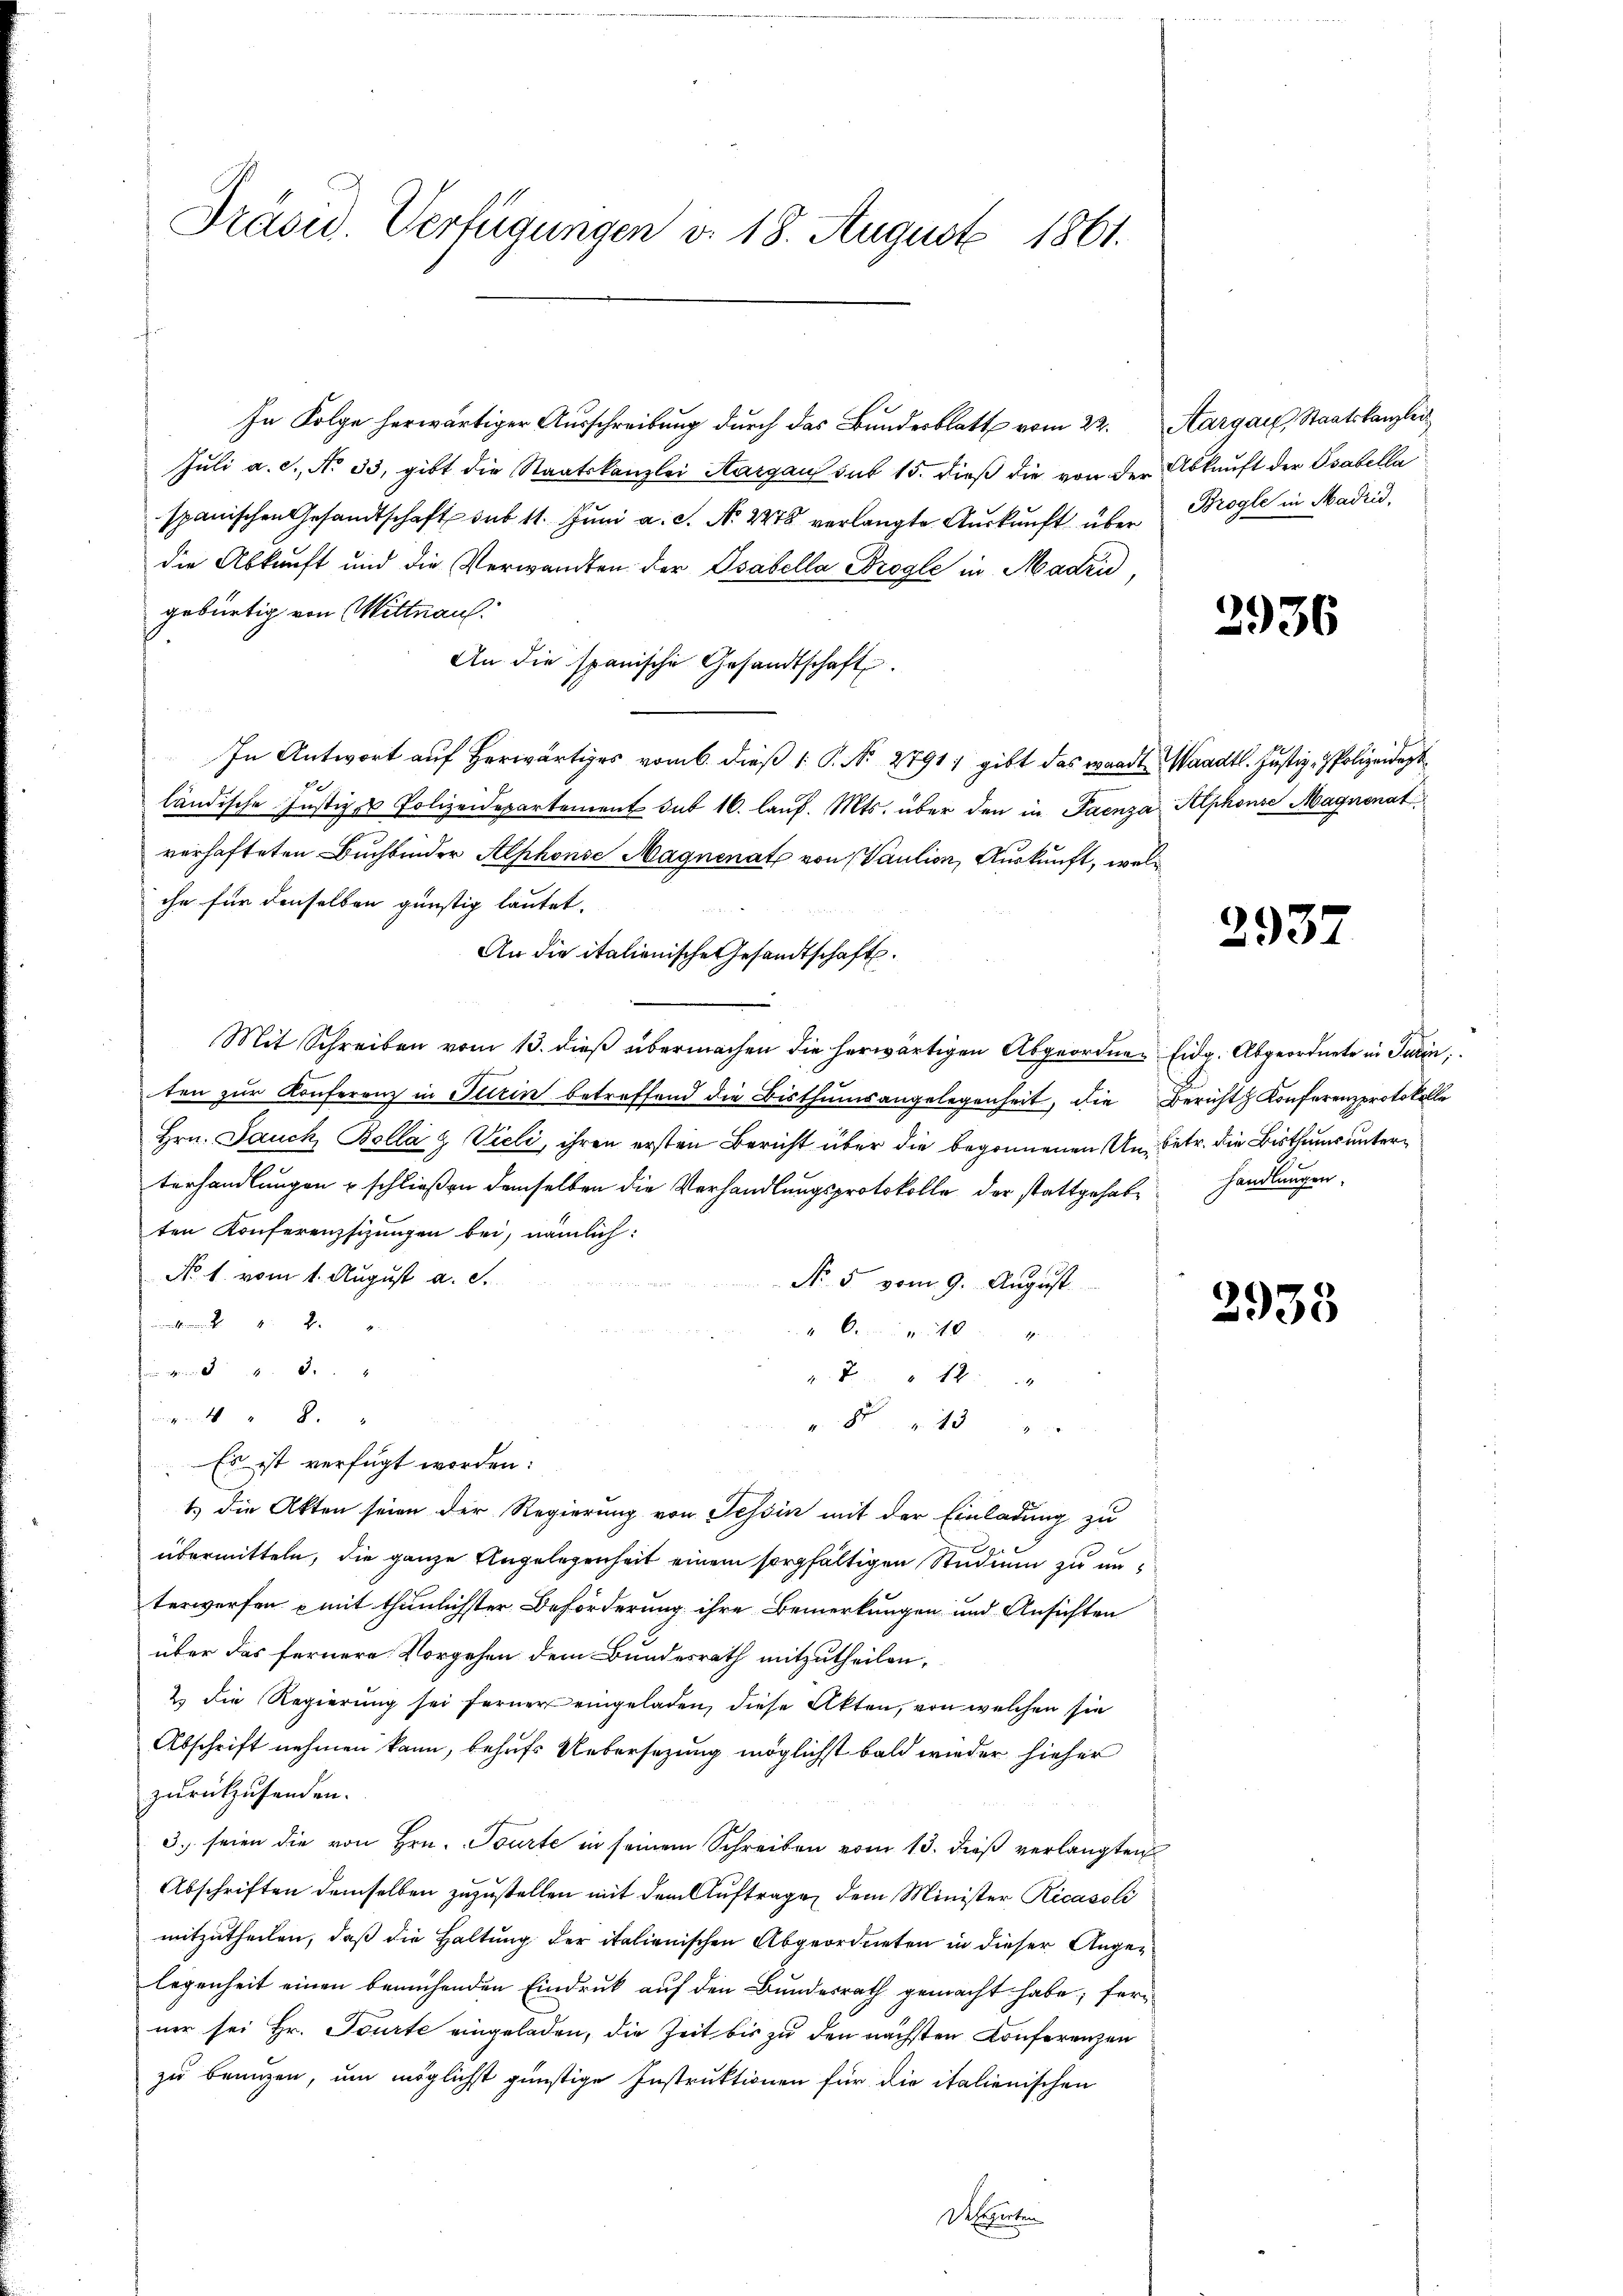
Präsid. Verfügungen d. 18. August 1861.

In Folge herwärtiger Ausschreibung durch das Bundesblatt vom 22. Aargau, Staatskanzlei
Juli a. c., No 33, gibt die Staatskanzlei Aargau sub 15. dieß die von der
spanischen Gesandtschaft sub 11. Juni a. c. No. 2278 verlangte Auskunft über
die Abkunft und die Verwandten der Osabella Progle in Madrid,
gebürtig von Wittnau.
An die spanische Gesandtschaft.
In Antwort auf Herwärtiges vom 6. dieß 1 S. N. 2791, gibt das waadt Waadt. Justiz- & Polizeidigt
E
ländische Justiz- & Polizeidepartement das 16. laŭf. Mts. über den in Paenza
verhafteten Buchbinder Alphonse Magnenat von Vaution, Auskunft, welc
che für denselben günstig lautet.
An die italienische Gesandtschaft
Mit Schreiben vom 13. dieβ übermachen die herwärtigen Abgeordnen Eidg. Abgeordnete in Turin,
ten zŭr Konferenz in Turin betreffend die Bisthumsangelegenheit, die Bericht Konferenzprotokolle
Hrn. Jauch Bolla 9 Vieli, ihren ersten Bericht über die begonnenen Unbetr. die Bisthums unterterhandlungen & schließen demselben die Verhandlungsprotokolle, der stattgehabten Konferenzsizungen bei, nämlich:
No. 1. vom 1. August a. S.
Nr. 5 vom 9. August

40
n
8 " 12
2
8 13
Es ist verfügt worden:
1.) Die Akten seien der Regierung von Tessin mit der Einladung zu
übermitteln, die ganze Angelegenheit einem sorgfältigen Studium zu unterwerfen & mit thunlichster Beförderung ihre Bemerkungen und Ansichten
über das fernere Vorgehen dem Bundesrath mitzutheilen,
2. die Regierŭng sei ferner eingeladen, diese Akten, von welchen sie
Abschrift nehmen kann, behufs Uebersezung möglichst bald wieder hieher
zurückzusenden.
3. seien die von Hrn. Tourte in seinem Schreiben vom 13. dieß verlangten
Abschriften demselben zuzustellen mit dem Auftrage dem Minister Ricasoli
mitzutheilen, daß die Haltung der italienischen Abgeordneten in dieser Angelegenheit einen bemühenden Eindruck auf den Bundesrath gemacht habe; ferner sei Hr. Tourte eingeladen, die Zeit bis zu den nächsten Conferenzen
zu benuzen, um möglichst günstige Instruktionen für die italienischen
Serperten

Abkunft der Osabella
Brogle in Madrid,

2936

Alphonse Magnenat

2937

handlungen.

2938